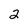
Character: 2